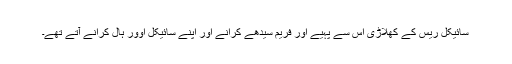
سائیکل ریس کے کھلاڑی اس سے پہیے اور فریم سیدھے کرانے اور اپنے سائیکل اوور ہال کرانے آتے تھے۔